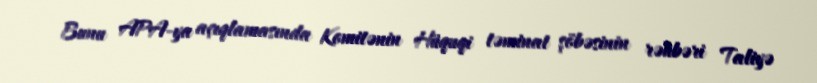
Bunu APA-ya açıqlamasında Komitənin Hüquqi təminat şöbəsinin rəhbəri Taliyə